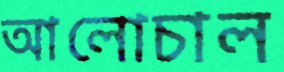
আলোচাল